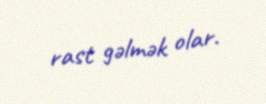
rast gəlmək olar.